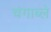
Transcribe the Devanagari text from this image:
चंगाब्ले